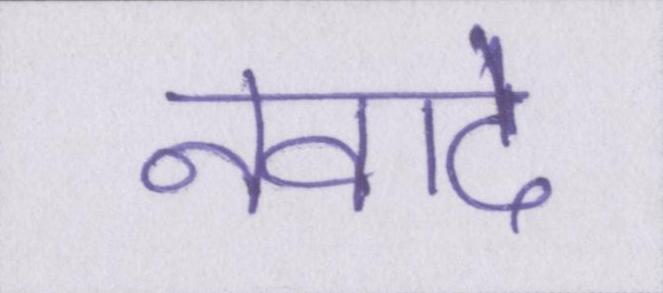
नवादे